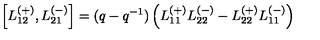
\left[ L _ { 1 2 } ^ { ( + ) } , L _ { 2 1 } ^ { ( - ) } \right] = ( q - q ^ { - 1 } ) \left( L _ { 1 1 } ^ { ( + ) } L _ { 2 2 } ^ { ( - ) } - L _ { 2 2 } ^ { ( + ) } L _ { 1 1 } ^ { ( - ) } \right)